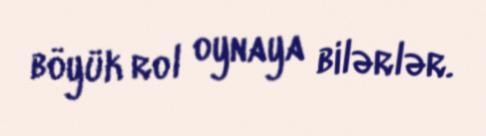
böyük rol oynaya bilərlər.